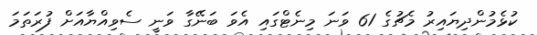
ކުޅެމުންދިޔައިރު މެޗުގެ 61 ވަނަ މިނެޓްގައި އެވަ ބަނޭގާ ވަނީ ސެވިއްޔާއަށް ފުރަތަމަ